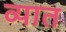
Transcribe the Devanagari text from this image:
व्यात